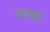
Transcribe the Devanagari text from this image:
त्वचः